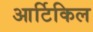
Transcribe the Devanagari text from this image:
आर्टिकिल